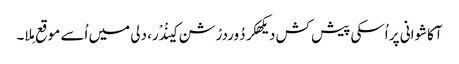
آکاشوانی پر اُسکی پیش کش دیکھکر دُوردرْشن کینْدْر، دلی میں اُسے موقع مِلا۔